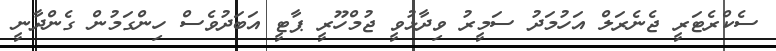
ސެކްރެޓަރީ ޖެނެރަލް އަހުމަދު ސަމީރު ވިދާޅުވީ ޖުމްހޫރީ ޕާޓީ އަބަދުވެސް ހިންގަމުން ގެންދާނީ